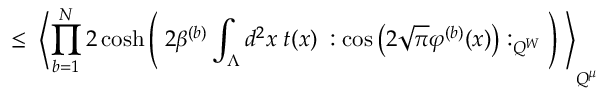
\leq \; \left\langle \prod _ { b = 1 } ^ { N } 2 \cosh \left( \; 2 \beta ^ { ( b ) } \int _ { \Lambda } d ^ { 2 } x \; t ( x ) \; : \cos \left( 2 \sqrt { \pi } \varphi ^ { ( b ) } ( x ) \right) : _ { Q ^ { W } } \; \right) \; \right\rangle _ { Q ^ { \mu } }